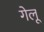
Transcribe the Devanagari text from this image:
गेलू